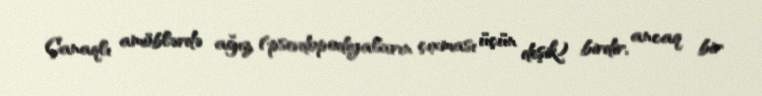
Çanaqlı amöblərdə ağız (psevdopodiyaların çıxması üçün deşik) birdir, ancaq bir